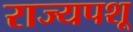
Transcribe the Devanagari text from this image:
राज्यपशू